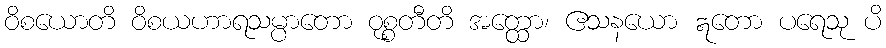
ဝိစယောတိ ဝိစယဟာရသမ္ပာတော ဝုစ္စတီတိ အတ္ထော၊ ဧသနယော ဣတော ပရေသု ပိ